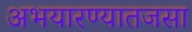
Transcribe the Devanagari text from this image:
अभयारण्यातजसा